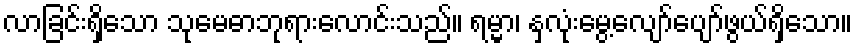
လာခြင်းရှိသော သုမေဓာဘုရားလောင်းသည်။ ရမ္မာ၊ နှလုံးမွေ့လျော်ပျော်ဖွယ်ရှိသော။